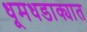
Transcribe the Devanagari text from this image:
धूमधडाक्यात